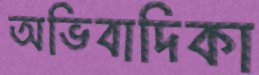
অভিবাদিকা